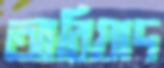
আবিয়াদ